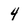
Character: 4